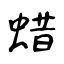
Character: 蜡